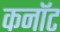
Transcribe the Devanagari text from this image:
कनाॅट